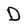
Character: D